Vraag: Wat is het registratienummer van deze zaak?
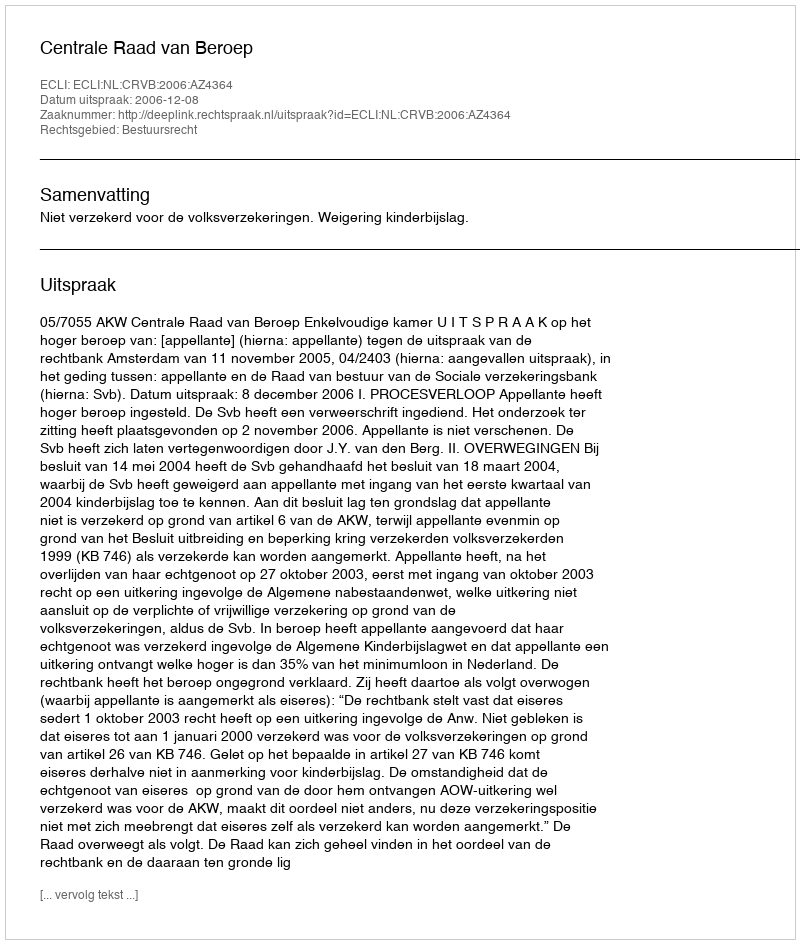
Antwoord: http://deeplink.rechtspraak.nl/uitspraak?id=ECLI:NL:CRVB:2006:AZ4364